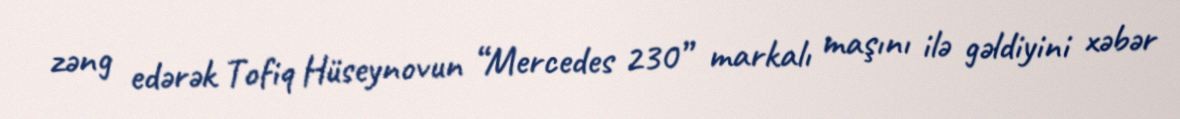
zəng edərək Tofiq Hüseynovun “Mercedes 230” markalı maşını ilə gəldiyini xəbər